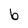
Character: b